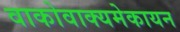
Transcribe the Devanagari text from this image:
वाकोवाक्यमेकायन